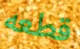
قطعه